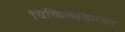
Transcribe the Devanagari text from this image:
चिकित्सकावर